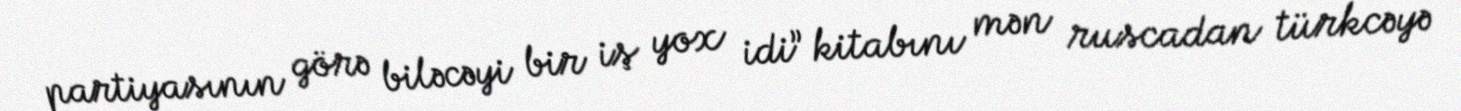
partiyasının görə biləcəyi bir iş yox idi” kitabını mən ruscadan türkcəyə